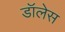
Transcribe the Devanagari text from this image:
डॉलेस